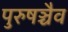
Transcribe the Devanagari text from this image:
पुरुषञ्चैव